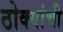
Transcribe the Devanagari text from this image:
ठोक्यांची